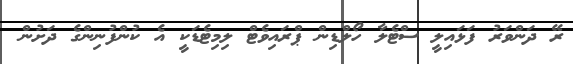
ރޭ ދަންވަރު ފަޅައިލީ ސްޓެލާ ހޯލްޑިން ޕްރައިވެޓް ލިމިޓެޑަކީ އެ ކުންފުނިންގެ ދަށުން